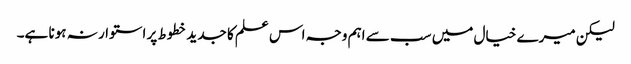
لیکن میرے خیال میں سب سے اہم وجہ اس علم کا جدید خطوط پر استوار نہ ہونا ہے۔